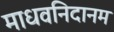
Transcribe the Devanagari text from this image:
माधवनिदानम